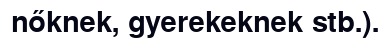
nőknek, gyerekeknek stb.).